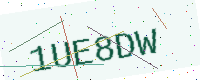
Text: 1UE8DW